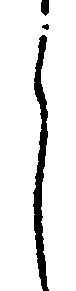
之